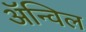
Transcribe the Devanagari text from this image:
अॅन्विल